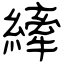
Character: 縴